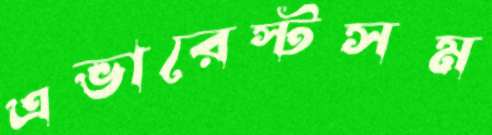
এভারেস্টসম